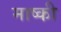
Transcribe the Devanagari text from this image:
माष्की